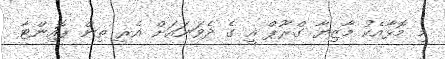
މި މޮޅާއެކު މާޒިޔާ ގްރޫޕް އީ ގެ ދެވަނައަށް އެރީ ތިން ޕޮއިންޓާ